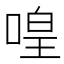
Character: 喤